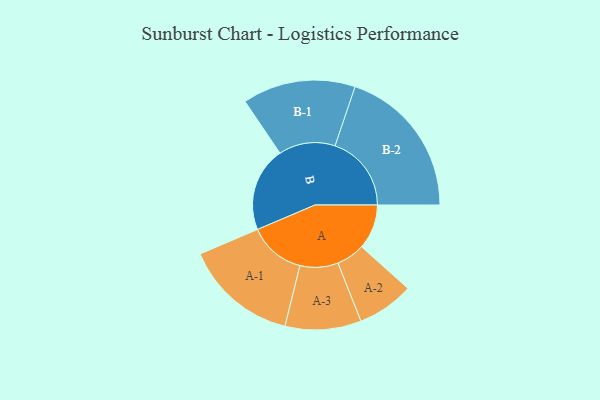
{"axis": {"x": "Segment", "y": "Value"}, "legend": ["", "A", "B"], "data": [{"x": "A", "y": 158, "type": ""}, {"x": "B", "y": 298, "type": ""}, {"x": "A-1", "y": 200, "type": "A"}, {"x": "A-2", "y": 100, "type": "A"}, {"x": "A-3", "y": 134, "type": "A"}, {"x": "B-1", "y": 199, "type": "B"}, {"x": "B-2", "y": 269, "type": "B"}]}